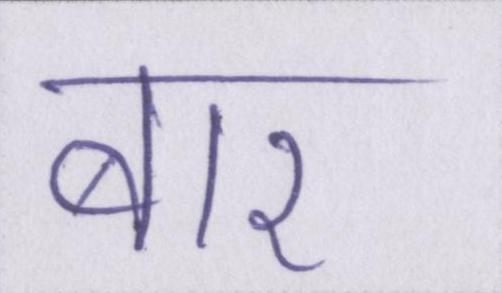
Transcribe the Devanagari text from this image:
बार